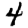
Digit: 4